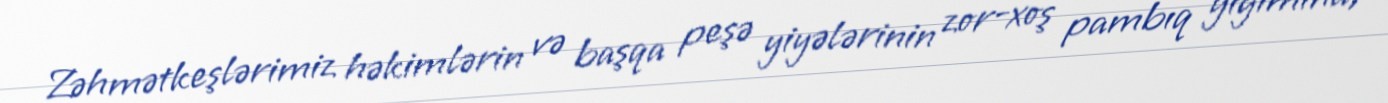
Zəhmətkeşlərimiz həkimlərin və başqa peşə yiyələrinin zor-xoş pambıq yığımına,